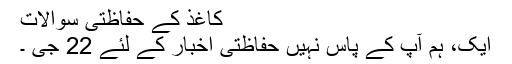
کاغذ کے حفاظتی سوالات
ایک، ہم آپ کے پاس نہیں حفاظتی اخبار کے لئے 22 جی ۔